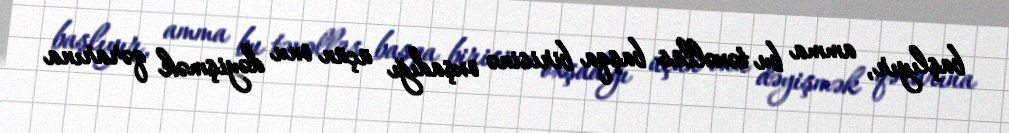
başlıyır, amma bu təxəllüs başqa birisinə oxşadığı üçün onu dəyişmək qərarına